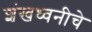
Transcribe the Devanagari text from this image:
शंखध्वनीचे